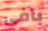
بافي